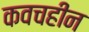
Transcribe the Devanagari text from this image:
कवचहीन